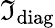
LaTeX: \mathfrak{I}_{\mathrm{{diag}}}